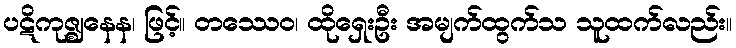
ပဋိကုဇ္ဈနေန၊ ဖြင့်။ တဿေဝ၊ ထိုရှေးဦး အမျက်ထွက်သ သူထက်လည်း။